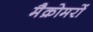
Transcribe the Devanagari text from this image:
मैक्रोमरों